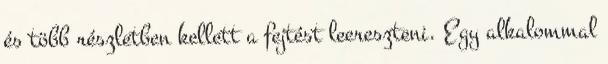
és több részletben kellett a fejtést leereszteni. Egy alkalommal